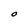
Character: O